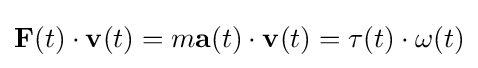
\mathbf {F} (t)\cdot \mathbf {v} (t)=m\mathbf {a} (t)\cdot \mathbf {v} (t)=\mathbf {\tau } (t)\cdot \mathbf {\omega } (t)